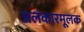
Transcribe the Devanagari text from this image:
अलंकारमूलक